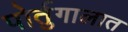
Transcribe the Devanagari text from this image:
पोर्तुगालात